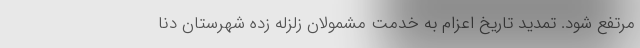
مرتفع شود. تمدید تاریخ اعزام به خدمت مشمولان زلزله زده شهرستان دنا